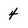
Character: 4